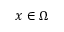
x \in \Omega